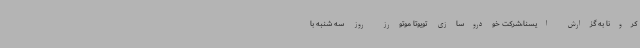
کرونا به گزارش ایسنا،شرکت خودروسازی تویوتا موتورز روز سه شنبه با